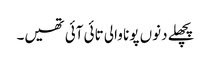
پچھلے دنوں پونا والی تائی آئی تھیں۔